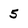
Character: 5